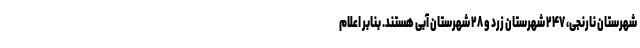
شهرستان نارنجی، ۲۴۷ شهرستان زرد و ۲۸ شهرستان آبی هستند. بنابر اعلام